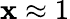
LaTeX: \mathbf{x}\approx1